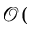
\mathcal { O } (